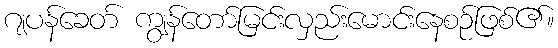
ဂျပန်ခေတ် ကျွန်တော်မြင်းလှည်းမောင်းနေစဉ်ဖြစ်၏။